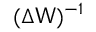
( \Delta \mathsf { W } ) ^ { - 1 }